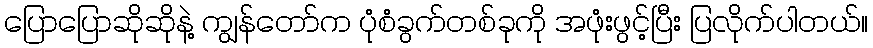
ပြောပြောဆိုဆိုနဲ့ ကျွန်တော်က ပုံစံခွက်တစ်ခုကို အဖုံးဖွင့်ပြီး ပြလိုက်ပါတယ်။